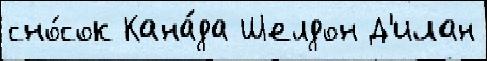
сно́сок Кана́да Шелдон Д'илан